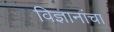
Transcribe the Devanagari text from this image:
विज्ञानांचा